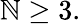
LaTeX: \mathbb{N}\geq3.